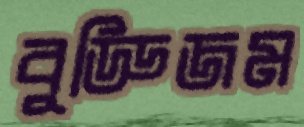
বুড্ডিজম